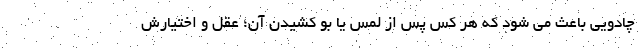
چادویی باعث می شود که هر کس پس از لمس یا بو کشیدن آن؛ عقل و اختیارش